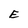
Character: E